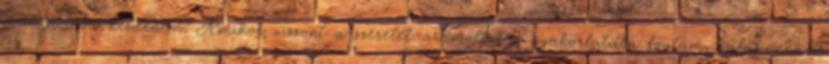
meditációba kezdenem. Amikor viszont a szeretet-áramoltatás gyakorlatába fogtam, valahonnan